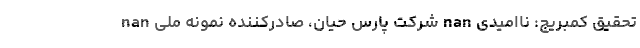
nan شرکت پارس حیان، صادرکننده نمونه ملی nan تحقیق کمبریج: ناامیدی